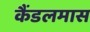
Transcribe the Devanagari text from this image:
कैंडलमास